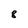
Character: 8